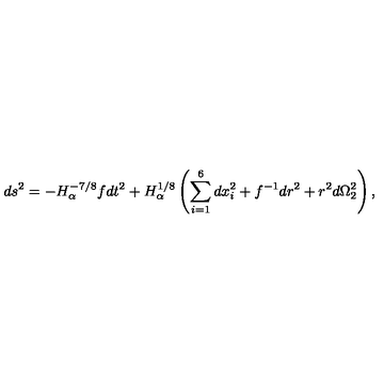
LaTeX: d s ^ { 2 } = - H _ { \alpha } ^ { - 7 / 8 } f d t ^ { 2 } + H _ { \alpha } ^ { 1 / 8 } \left( \sum _ { i = 1 } ^ { 6 } d x _ { i } ^ { 2 } + f ^ { - 1 } d r ^ { 2 } + r ^ { 2 } d \Omega _ { 2 } ^ { 2 } \right) ,